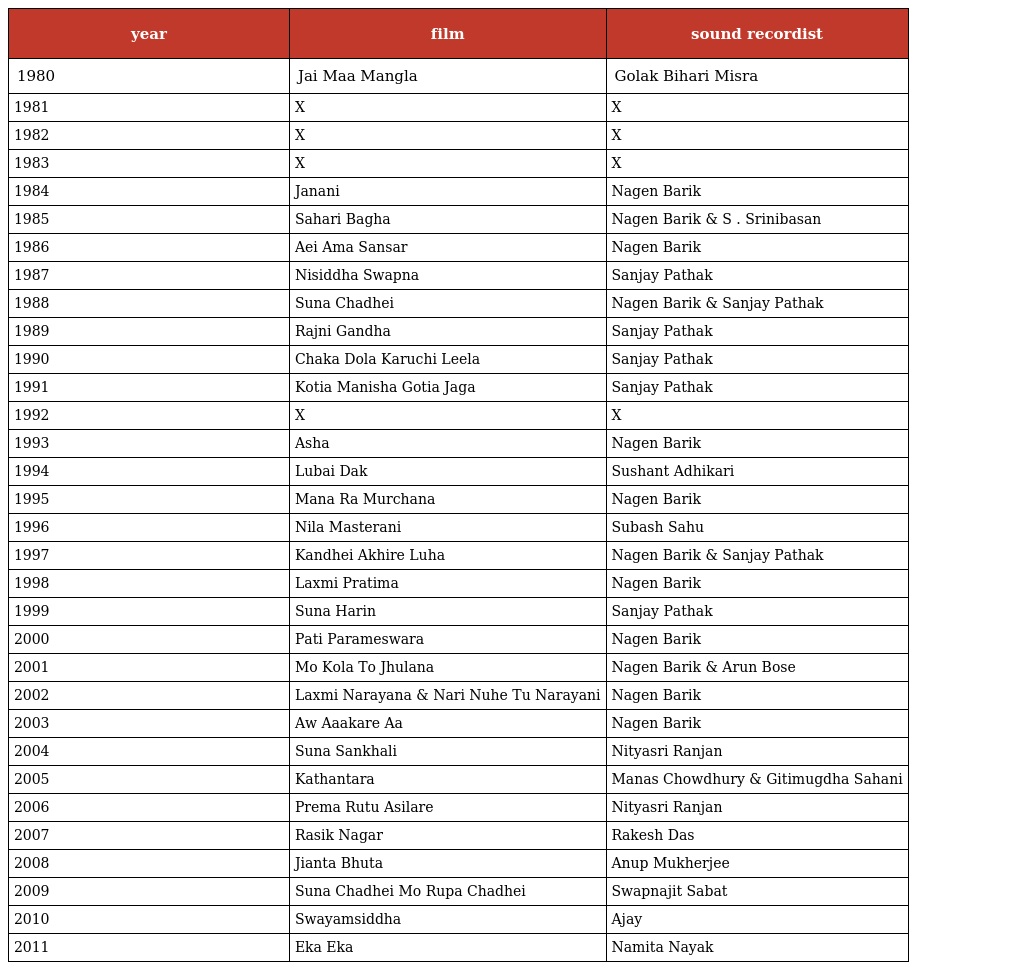
| year | film | sound recordist |
 | --- | --- | --- |
 | 1980 | Jai Maa Mangla | Golak Bihari Misra |
 | 1981 | X | X |
 | 1982 | X | X |
 | 1983 | X | X |
 | 1984 | Janani | Nagen Barik |
 | 1985 | Sahari Bagha | Nagen Barik & S . Srinibasan |
 | 1986 | Aei Ama Sansar | Nagen Barik |
 | 1987 | Nisiddha Swapna | Sanjay Pathak |
 | 1988 | Suna Chadhei | Nagen Barik & Sanjay Pathak |
 | 1989 | Rajni Gandha | Sanjay Pathak |
 | 1990 | Chaka Dola Karuchi Leela | Sanjay Pathak |
 | 1991 | Kotia Manisha Gotia Jaga | Sanjay Pathak |
 | 1992 | X | X |
 | 1993 | Asha | Nagen Barik |
 | 1994 | Lubai Dak | Sushant Adhikari |
 | 1995 | Mana Ra Murchana | Nagen Barik |
 | 1996 | Nila Masterani | Subash Sahu |
 | 1997 | Kandhei Akhire Luha | Nagen Barik & Sanjay Pathak |
 | 1998 | Laxmi Pratima | Nagen Barik |
 | 1999 | Suna Harin | Sanjay Pathak |
 | 2000 | Pati Parameswara | Nagen Barik |
 | 2001 | Mo Kola To Jhulana | Nagen Barik & Arun Bose |
 | 2002 | Laxmi Narayana & Nari Nuhe Tu Narayani | Nagen Barik |
 | 2003 | Aw Aaakare Aa | Nagen Barik |
 | 2004 | Suna Sankhali | Nityasri Ranjan |
 | 2005 | Kathantara | Manas Chowdhury & Gitimugdha Sahani |
 | 2006 | Prema Rutu Asilare | Nityasri Ranjan |
 | 2007 | Rasik Nagar | Rakesh Das |
 | 2008 | Jianta Bhuta | Anup Mukherjee |
 | 2009 | Suna Chadhei Mo Rupa Chadhei | Swapnajit Sabat |
 | 2010 | Swayamsiddha | Ajay |
 | 2011 | Eka Eka | Namita Nayak |